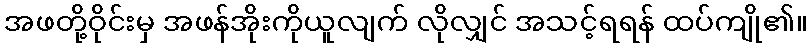
အဖတို့ဝိုင်းမှ အဖန်အိုးကိုယူလျက် လိုလျှင် အသင့်ရရန် ထပ်ကျို၏။